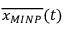
\overline { { x _ { M I N P } } } ( t )